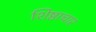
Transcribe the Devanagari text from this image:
शिष्ठाचार